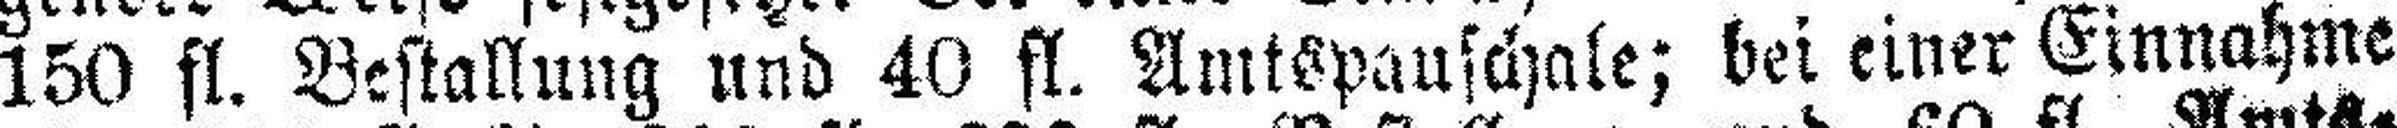
150 fl. Bestallung und 40 fl. Amtspauschale; bei einer Einnahme